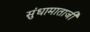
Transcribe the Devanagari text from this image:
सुंधामाताजी